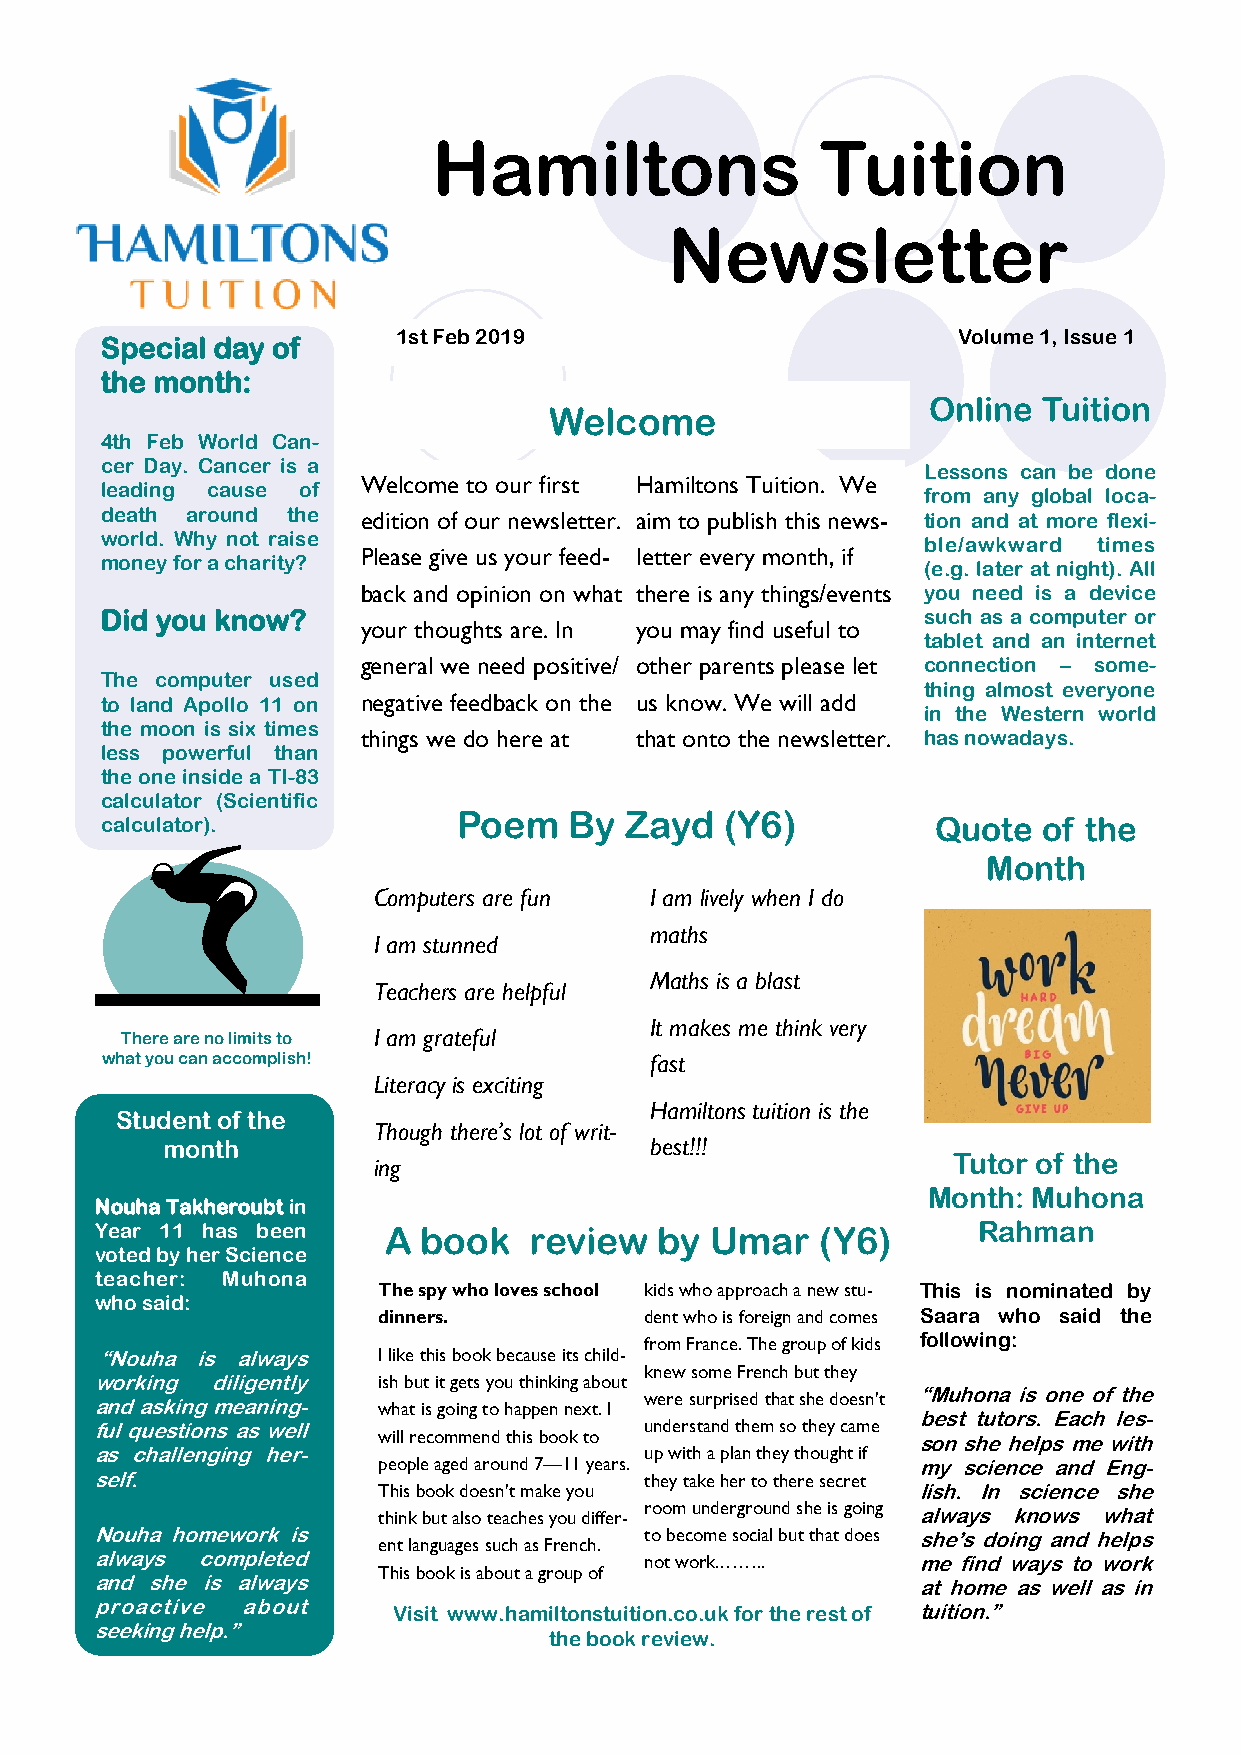
Hamiltons                Tuition
 Newsletter
 1st Feb 2019                         Volume 1, Issue 1
 Special day of
 the month:
 Online  Tuition
 Welcome
 4th Feb World Can-
 cer Day. Cancer is a                                  Lessons can be done
 Welcome to our first Hamiltons Tuition. We
 leading cause of                                      from any global loca-
 death around the edition of our newsletter. aim to publish this news- tion and at more flexi-
 world. Why not raise                                  ble/awkward times
 Please give us your feed- letter every month, if
 money for a charity?                                  (e.g. later at night). All
 back and opinion on what there is any things/events you need is a device
 Did you know?                                         such as a computer or
 your thoughts are. In you may find useful to
 tablet and an internet
 general we need positive/ other parents please let connection – some-
 The computer used
 thing almost everyone
 to land Apollo 11 on negative feedback on the us know. We will add
 in the Western world
 the moon is six times
 things we do here at that onto the newsletter. has nowadays.
 less powerful than
 the one inside a TI-83
 calculator (Scientific
 Poem    By Zayd   (Y6)
 calculator).                                           Quote  of the
 Month
 Computers are fun I am lively when I do
 maths
 I am stunned
 Maths is a blast
 Teachers are helpful
 It makes me think very
 There are no limits to I am grateful
 what you can accomplish!            fast
 Literacy is exciting
 Hamiltons tuition is the
 Student of the
 Though there’s lot of writ-
 month                           best!!!
 ing                                   Tutor of the
 Month: Muhona
 Nouha Takheroubt in
 Year 11 has been   A  book   review   by Umar   (Y6)       Rahman
 voted by her Science
 teacher: Muhona
 The spy who loves school kids who approach a new stu- This is nominated by
 who said:
 dinners.          dent who is foreign and comes Saara who said the
 from France. The group of kids following:
 ―Nouha is always  I like this book because its child-
 knew some French but they
 working diligently ish but it gets you thinking about
 were surprised that she doesn't ―Muhona is one of the
 and asking meaning- what is going to happen next. I
 best tutors. Each les-
 ful questions as well                understand them so they came
 will recommend this book to         son she helps me with
 as challenging her-                  up with a plan they thought if
 people aged around 7—11 years.      my science and Eng-
 self.                                they take her to there secret
 This book doesn't make you          lish. In science she
 room underground she is going
 think but also teaches you differ-  always knows what
 Nouha homework is                    to become social but that does she’s doing and helps
 ent languages such as French.
 always completed                     not work.……..     me find ways to work
 This book is about a group of
 and she is always                                      at home as well as in
 proactive about     Visit www.hamiltonstuition.co.uk for the rest of tuition.‖
 seeking help.‖
 the book review.